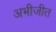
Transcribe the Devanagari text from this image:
अभीजीत